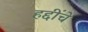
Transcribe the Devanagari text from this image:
हद्दींचे